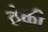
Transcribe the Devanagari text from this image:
ठंकी